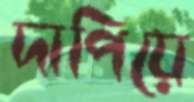
দাপিয়ে